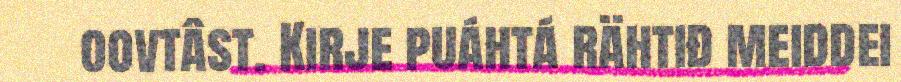
oovtâst. Kirje puáhtá rähtiđ meiddei